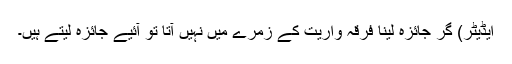
ایڈیٹر) گر جائزہ لینا فرقہ واریت کے زمرے میں نہیں آتا تو آئیے جائزہ لیتے ہیں۔